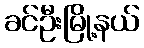
ခင်ဦးမြို့နယ်